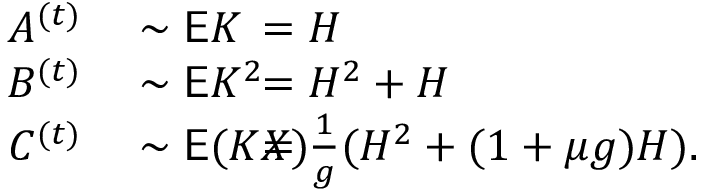
\begin{array} { r l r l } { A ^ { ( t ) } } & { { } \sim \mathsf E K } & { } & { { } \! \! \! \! \! \! \! \! \! \! \! \! \! \! \! \! \! \! \! \! = H } \\ { B ^ { ( t ) } } & { { } \sim \mathsf E K ^ { 2 } } & { } & { { } \! \! \! \! \! \! \! \! \! \! \! \! \! \! \! \! \! \! \! \! = H ^ { 2 } + H } \\ { C ^ { ( t ) } } & { { } \sim \mathsf E ( K X ) } & { } & { { } \! \! \! \! \! \! \! \! \! \! \! \! \! \! \! \! \! \! \! \! = \frac { 1 } { g } ( H ^ { 2 } + ( 1 + \mu g ) H ) . } \end{array}